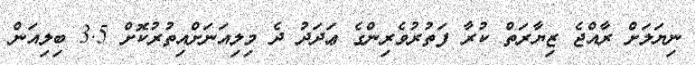
ނިޔަލަށް ރާއްޖެ ޒިޔާރަތް ކުރާ ފަތުރުވެރިންގެ ޢަދަދު ދެ މިލިއަނަށްއިތުރުކޮށް 3.5 ބިލިއަން